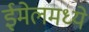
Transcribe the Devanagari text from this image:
ईमेलमध्ये